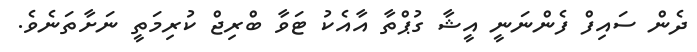
ދެން ސައިފް ފެންނަނީ އީޝާ ގުޕްތާ އާއެކު ޓަވާ ބްރިޖް ކުރިމަތީ ނަށާތަނެވެ.